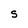
Character: S